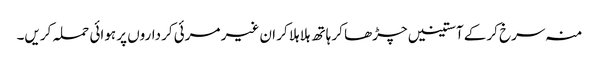
منہ سرخ کرکے آستینیں چڑھا کر ہاتھ ہلا ہلا کر ان غیر مرئی کرداروں پر ہوائی حملہ کریں۔